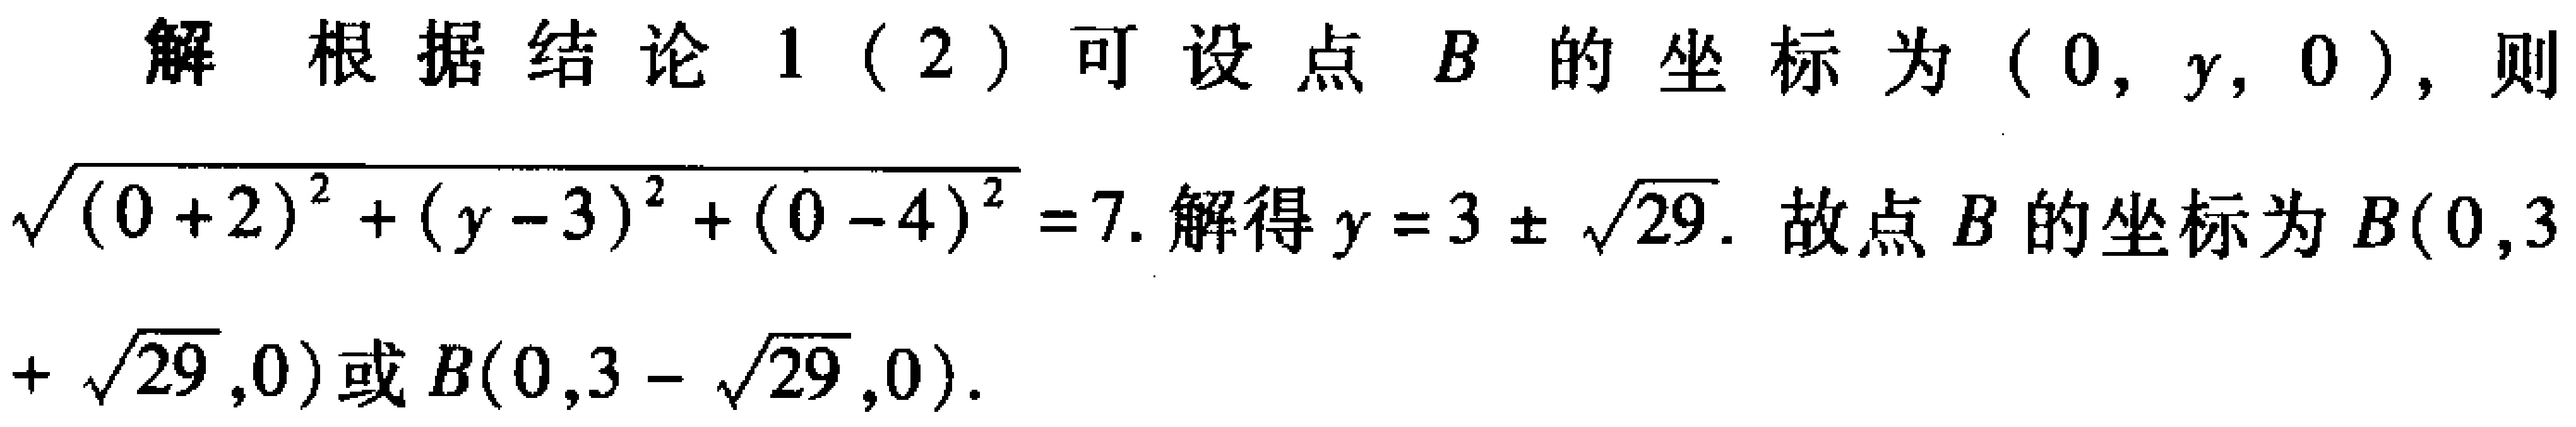
解 根据结论1（2）可设点 \(B\) 的坐标为 \((0,y,0)\)，则

\(\sqrt{(0 + 2)^{2}+(y - 3)^{2}+(0 - 4)^{2}} = 7\). 解得 \(y = 3\pm\sqrt{29}\). 故点 \(B\) 的坐标为 \(B(0,3+\sqrt{29},0)\)或 \(B(0,3 - \sqrt{29},0)\).